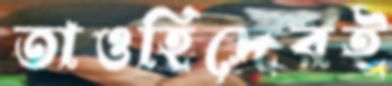
তাওহিদেরই